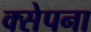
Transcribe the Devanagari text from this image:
क्सेपना